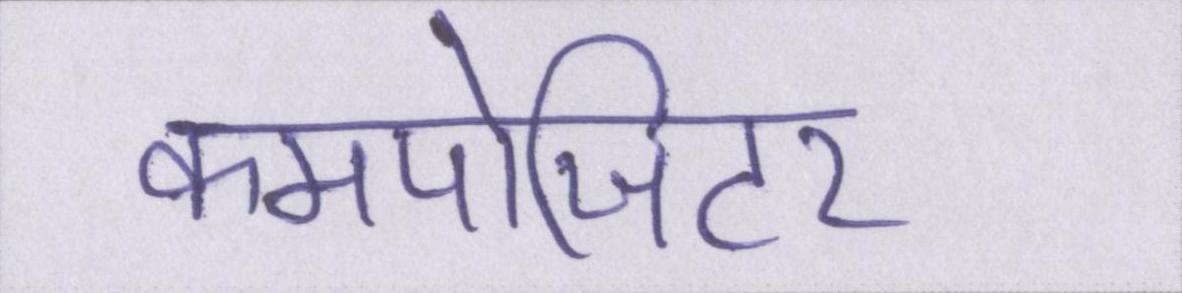
कमपोजिटर